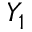
Y _ { 1 }